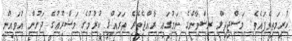
ކުރިމަތިވެފައެވެ. މަސްޖިދިލް ރިޟްވާންގެ ނަމުގައި ރާއްޖެތެރެ ތަރައްޤީ ކުރުމުގެ މަޝްރޫޢުގެ ދަށުން އުވައިން